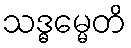
သဒ္ဓမ္မေတိ